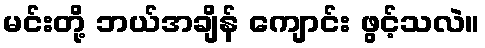
မင်းတို့ ဘယ်အချိန် ကျောင်း ဖွင့်သလဲ။